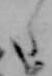
た